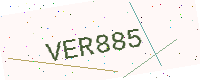
Text: VER885